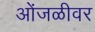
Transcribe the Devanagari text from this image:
ओंजळीवर